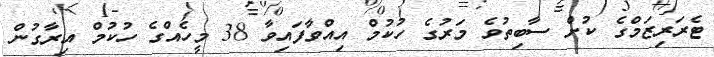
ޓެރަރިޒަމްގެ ކުށް ސާބިތުވެ މަރުގެ ހުކުމް އިއްވާފައިވާ 38 މީހެއްގެ ހުކުމް އިރާގުން